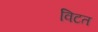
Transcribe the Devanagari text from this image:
विटत